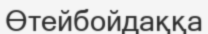
Өтейбойдаққа